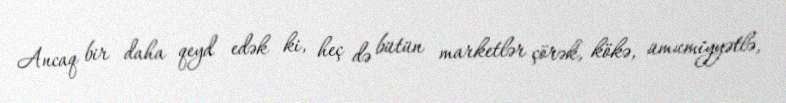
Ancaq bir daha qeyd edək ki, heç də bütün marketlər çörək, kökə, ümumiyyətlə,